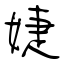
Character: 婕